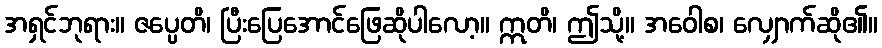
အရှင်ဘုရား။ ဇပ္ပေတိ၊ ပြီးပြေအောင်ဖြေဆိုပါလော့။ ဣတိ၊ ဤသို့။ အဝေါစ၊ လျှောက်ဆို၏။